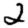
Digit: 2